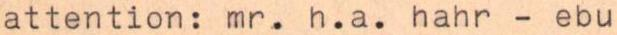
attention: mr. h.a. hahr - ebu